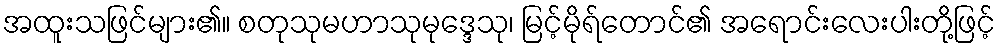
အထူးသဖြင်များ၏။ စတုသုမဟာသုမုဒ္ဒေသု၊ မြင့်မိုရ်တောင်၏ အရောင်းလေးပါးတို့ဖြင့်